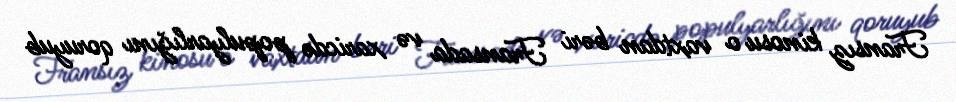
Fransız kinosu o vaxtdan bəri Fransada və xaricdə populyarlığını qoruyub